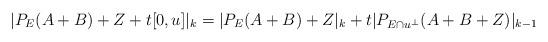
LaTeX: \begin{align*}|P_E(A+B)+Z+t[0,u]|_{k}=|P_E(A+B)+Z|_k+t|P_{E\cap u^\bot}(A+B+Z)|_{k-1}\end{align*}